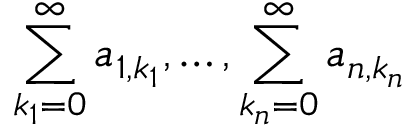
\sum _ { k _ { 1 } = 0 } ^ { \infty } a _ { 1 , k _ { 1 } } , \ldots , \sum _ { k _ { n } = 0 } ^ { \infty } a _ { n , k _ { n } }